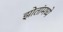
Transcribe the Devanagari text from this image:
झोतांमध्ये